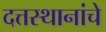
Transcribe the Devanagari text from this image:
दत्तस्थानांचे